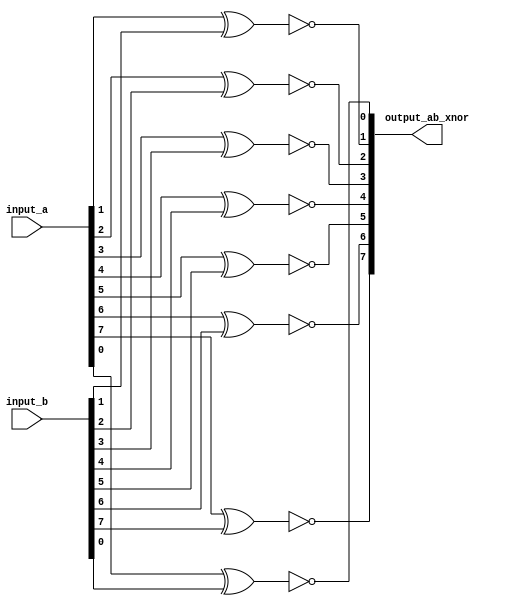
//Bitwise XNOR

module myXNOR8 (input_a, input_b, output_ab_xnor);

input 	[7:0]	input_a, input_b;

output 	[7:0]	output_ab_xnor;

xnor iXNOR1 (output_ab_xnor[0], input_a[0], input_b[0]);
xnor iXNOR2 (output_ab_xnor[1], input_a[1], input_b[1]);
xnor iXNOR3 (output_ab_xnor[2], input_a[2], input_b[2]);
xnor iXNOR4 (output_ab_xnor[3], input_a[3], input_b[3]);
xnor iXNOR5 (output_ab_xnor[4], input_a[4], input_b[4]);
xnor iXNOR6 (output_ab_xnor[5], input_a[5], input_b[5]);
xnor iXNOR7 (output_ab_xnor[6], input_a[6], input_b[6]);
xnor iXNOR8 (output_ab_xnor[7], input_a[7], input_b[7]);

endmodule